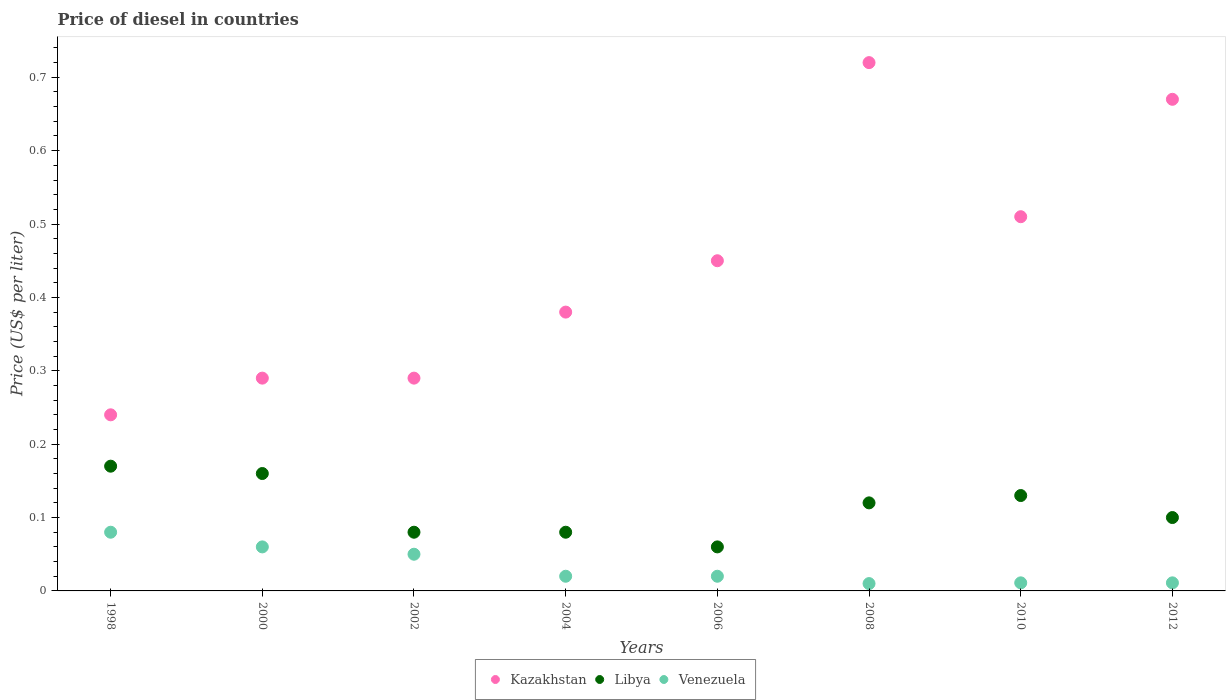
| Years | Kazakhstan | Libya | Venezuela |
 | --- | --- | --- | --- |
 | 1998 | 0.24 | 0.17 | 0.08 |
 | 2000 | 0.29 | 0.16 | 0.06 |
 | 2002 | 0.29 | 0.08 | 0.05 |
 | 2004 | 0.38 | 0.08 | 0.02 |
 | 2006 | 0.45 | 0.06 | 0.02 |
 | 2008 | 0.72 | 0.12 | 0.01 |
 | 2010 | 0.51 | 0.13 | 0.011 |
 | 2012 | 0.67 | 0.1 | 0.011 |